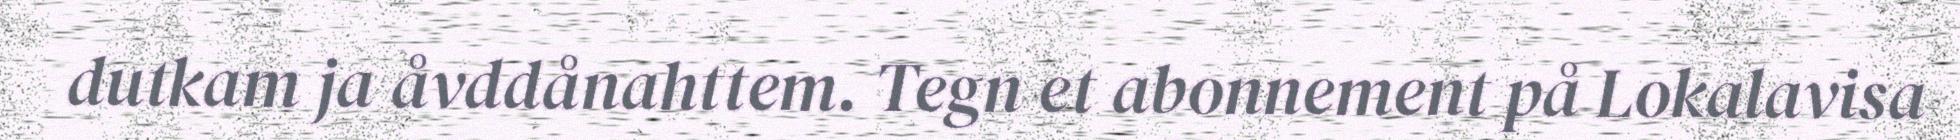
dutkam ja åvddånahttem. Tegn et abonnement på Lokalavisa